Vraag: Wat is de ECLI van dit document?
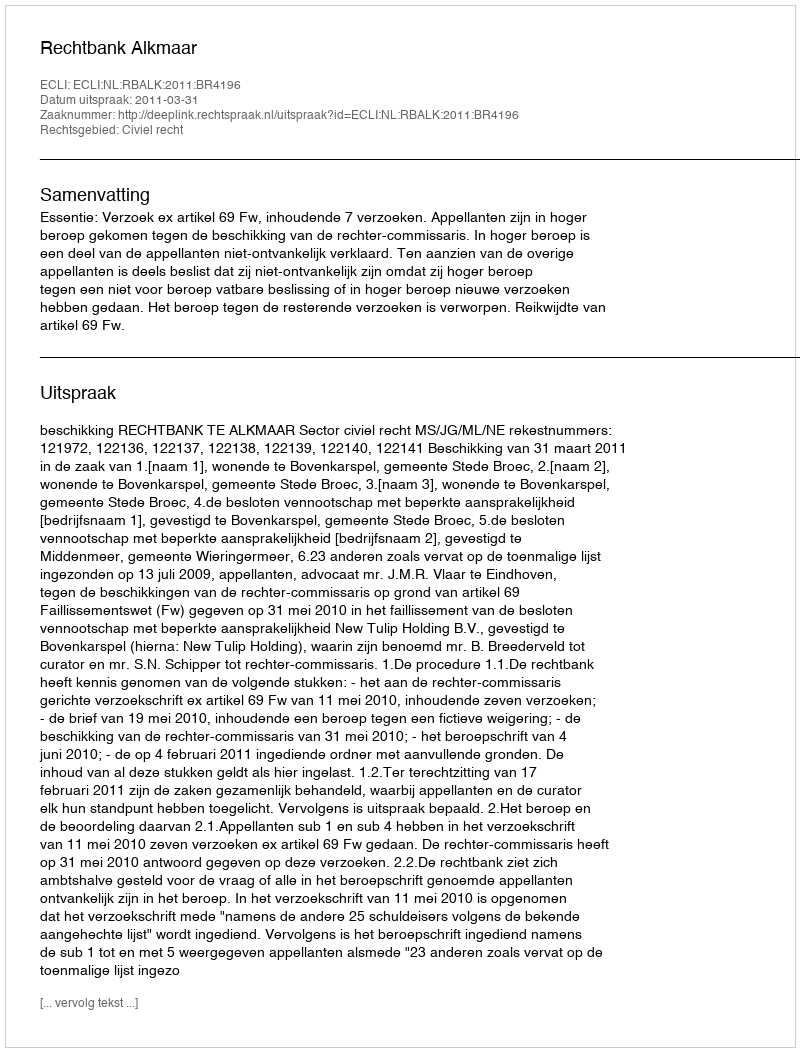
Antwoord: ECLI:NL:RBALK:2011:BR4196